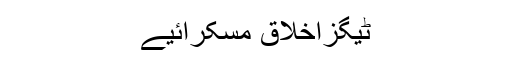
ٹیگزاخلاق مسکرائیے